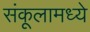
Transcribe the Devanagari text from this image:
संकूलामध्ये